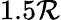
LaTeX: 1.5\mathcal{R}